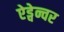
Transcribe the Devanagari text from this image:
ऐड्वेन्चर